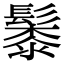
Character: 䰍